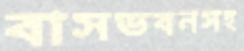
বাসভবনসহ